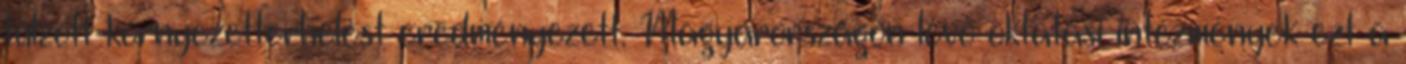
túlzott környezetterhelést eredményezett. Magyarországon lévő oktatási intézmények ezt a